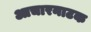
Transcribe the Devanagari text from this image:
आचारनाटक